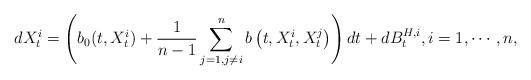
LaTeX: \begin{align*}dX_t^i=\left(b_0(t,X_t^i)+\frac{1}{n-1}\sum_{j=1,j\neq i}^n b\left(t,X_t^i,X_t^j\right)\right)dt+dB^{H,i}_t,i=1,\cdots,n,\end{align*}